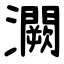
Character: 灍